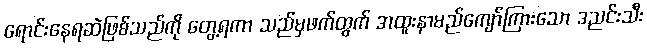
ရောင်းနေရဆဲဖြစ်သည်ကို တွေ့ရကာ သည်မှဖက်ထွက် အထူးနာမည်ကျော်ကြားသော ဒညင်းသီး